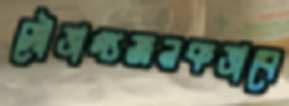
সৌভাগ্যজনকভাবে